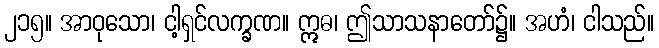
၂၁၅။ အာဝုသော၊ ငါ့ရှင်လက္ခဏ။ ဣဓ၊ ဤသာသနာတော်၌။ အဟံ၊ ငါသည်။